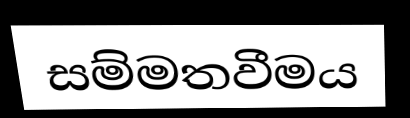
සම්මතවීමය